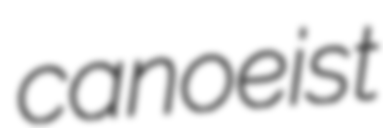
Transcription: canoeist